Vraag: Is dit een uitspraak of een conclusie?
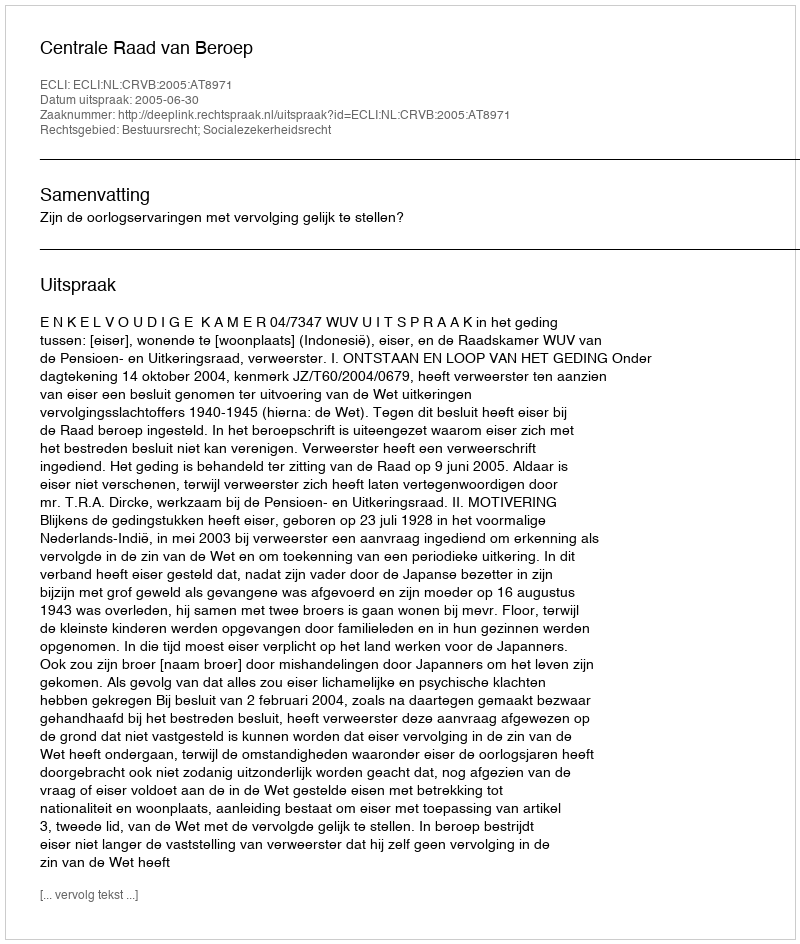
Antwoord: Uitspraak